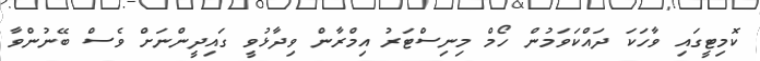
ކޮމިޓީގައި ވާހަކަ ދައްކަވަމުން ހޯމް މިނިސްޓަރު އިމްރާން ވިދާޅުވީ ގައިދީންނަށް ވެސް ބޭނުންވާ